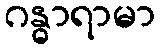
ဂန္ဓာရာမာ